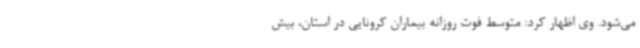
می‌شود. وی اظهار کرد: متوسط فوت روزانه بیماران کرونایی در استان، بیش